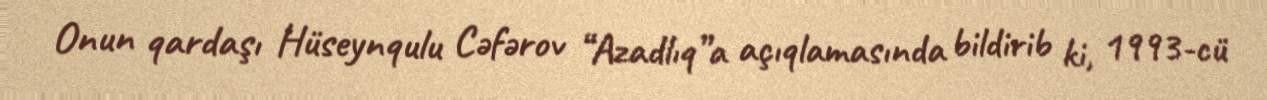
Onun qardaşı Hüseynqulu Cəfərov “Azadlıq”a açıqlamasında bildirib ki, 1993-cü